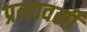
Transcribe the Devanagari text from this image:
प्रत्यावर्सी